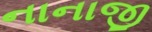
નાનાજી